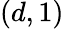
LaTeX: (d,1)